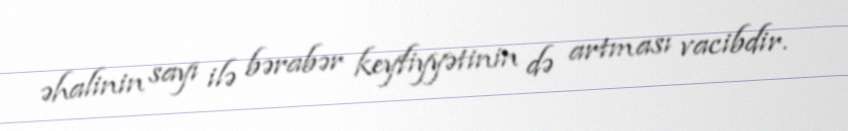
əhalinin sayı ilə bərabər keyfiyyətinin də artması vacibdir.